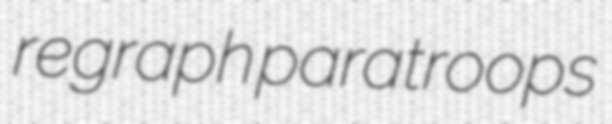
regraph paratroops